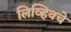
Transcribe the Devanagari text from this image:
लिव्हिवचे